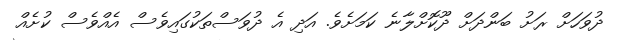
ދުވަހަށް ރަށު ބަންދަށް ދޫކޮށްލާނެ ކަމަށެވެ. އަދި އެ ދުވަސްތަކުގައިވެސް އެއްވެސް ކުށެއް